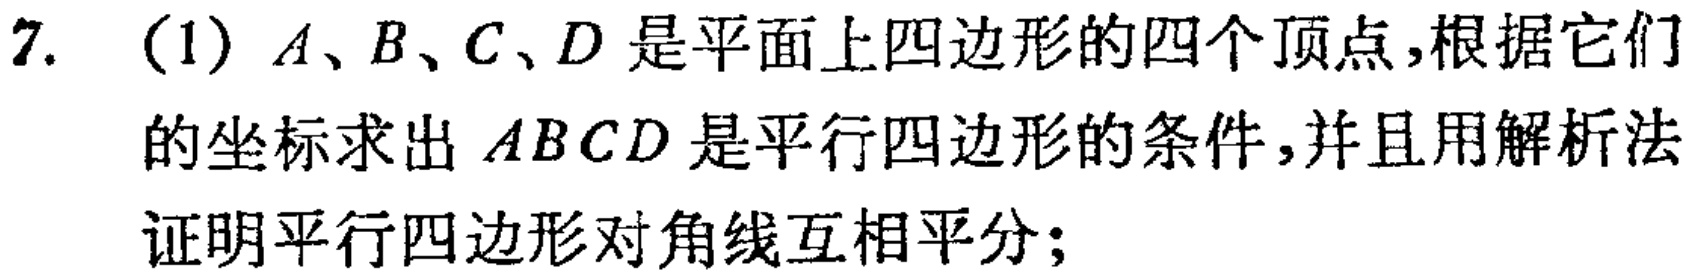
7. (1) \(A、B、C、D\) 是平面上四边形的四个顶点，根据它们的坐标求出 \(ABCD\) 是平行四边形的条件，并且用解析法证明平行四边形对角线互相平分；